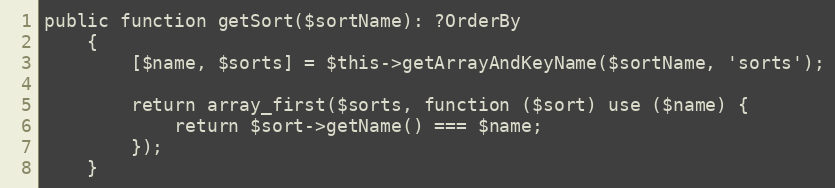
Language: PHP
public function getSort($sortName): ?OrderBy
    {
        [$name, $sorts] = $this->getArrayAndKeyName($sortName, 'sorts');

        return array_first($sorts, function ($sort) use ($name) {
            return $sort->getName() === $name;
        });
    }